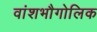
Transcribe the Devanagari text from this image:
वांशभौगोलिक